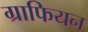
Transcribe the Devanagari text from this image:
ग्राफियन